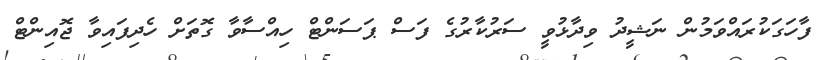
ފާހަގަކުރައްވަމުން ނަޝީދު ވިދާޅުވީ ސަރުކާރުގެ ފަސް ޕަސަންޓް ހިއްސާވާ ގޮތަށް ހެދިފައިވާ ޖޮއިންޓް